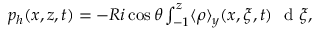
\begin{array} { r } { p _ { h } ( x , z , t ) = - R i \cos { \theta } \int _ { - 1 } ^ { z } \langle \rho \rangle _ { y } ( x , \xi , t ) \ \textrm { d } \xi , } \end{array}